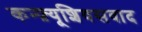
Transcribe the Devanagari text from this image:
कन्फ़्यूशियसवाद